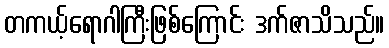
တကယ့်ရောဂါကြီးဖြစ်ကြောင်း ဒက်ဇာသိသည်။